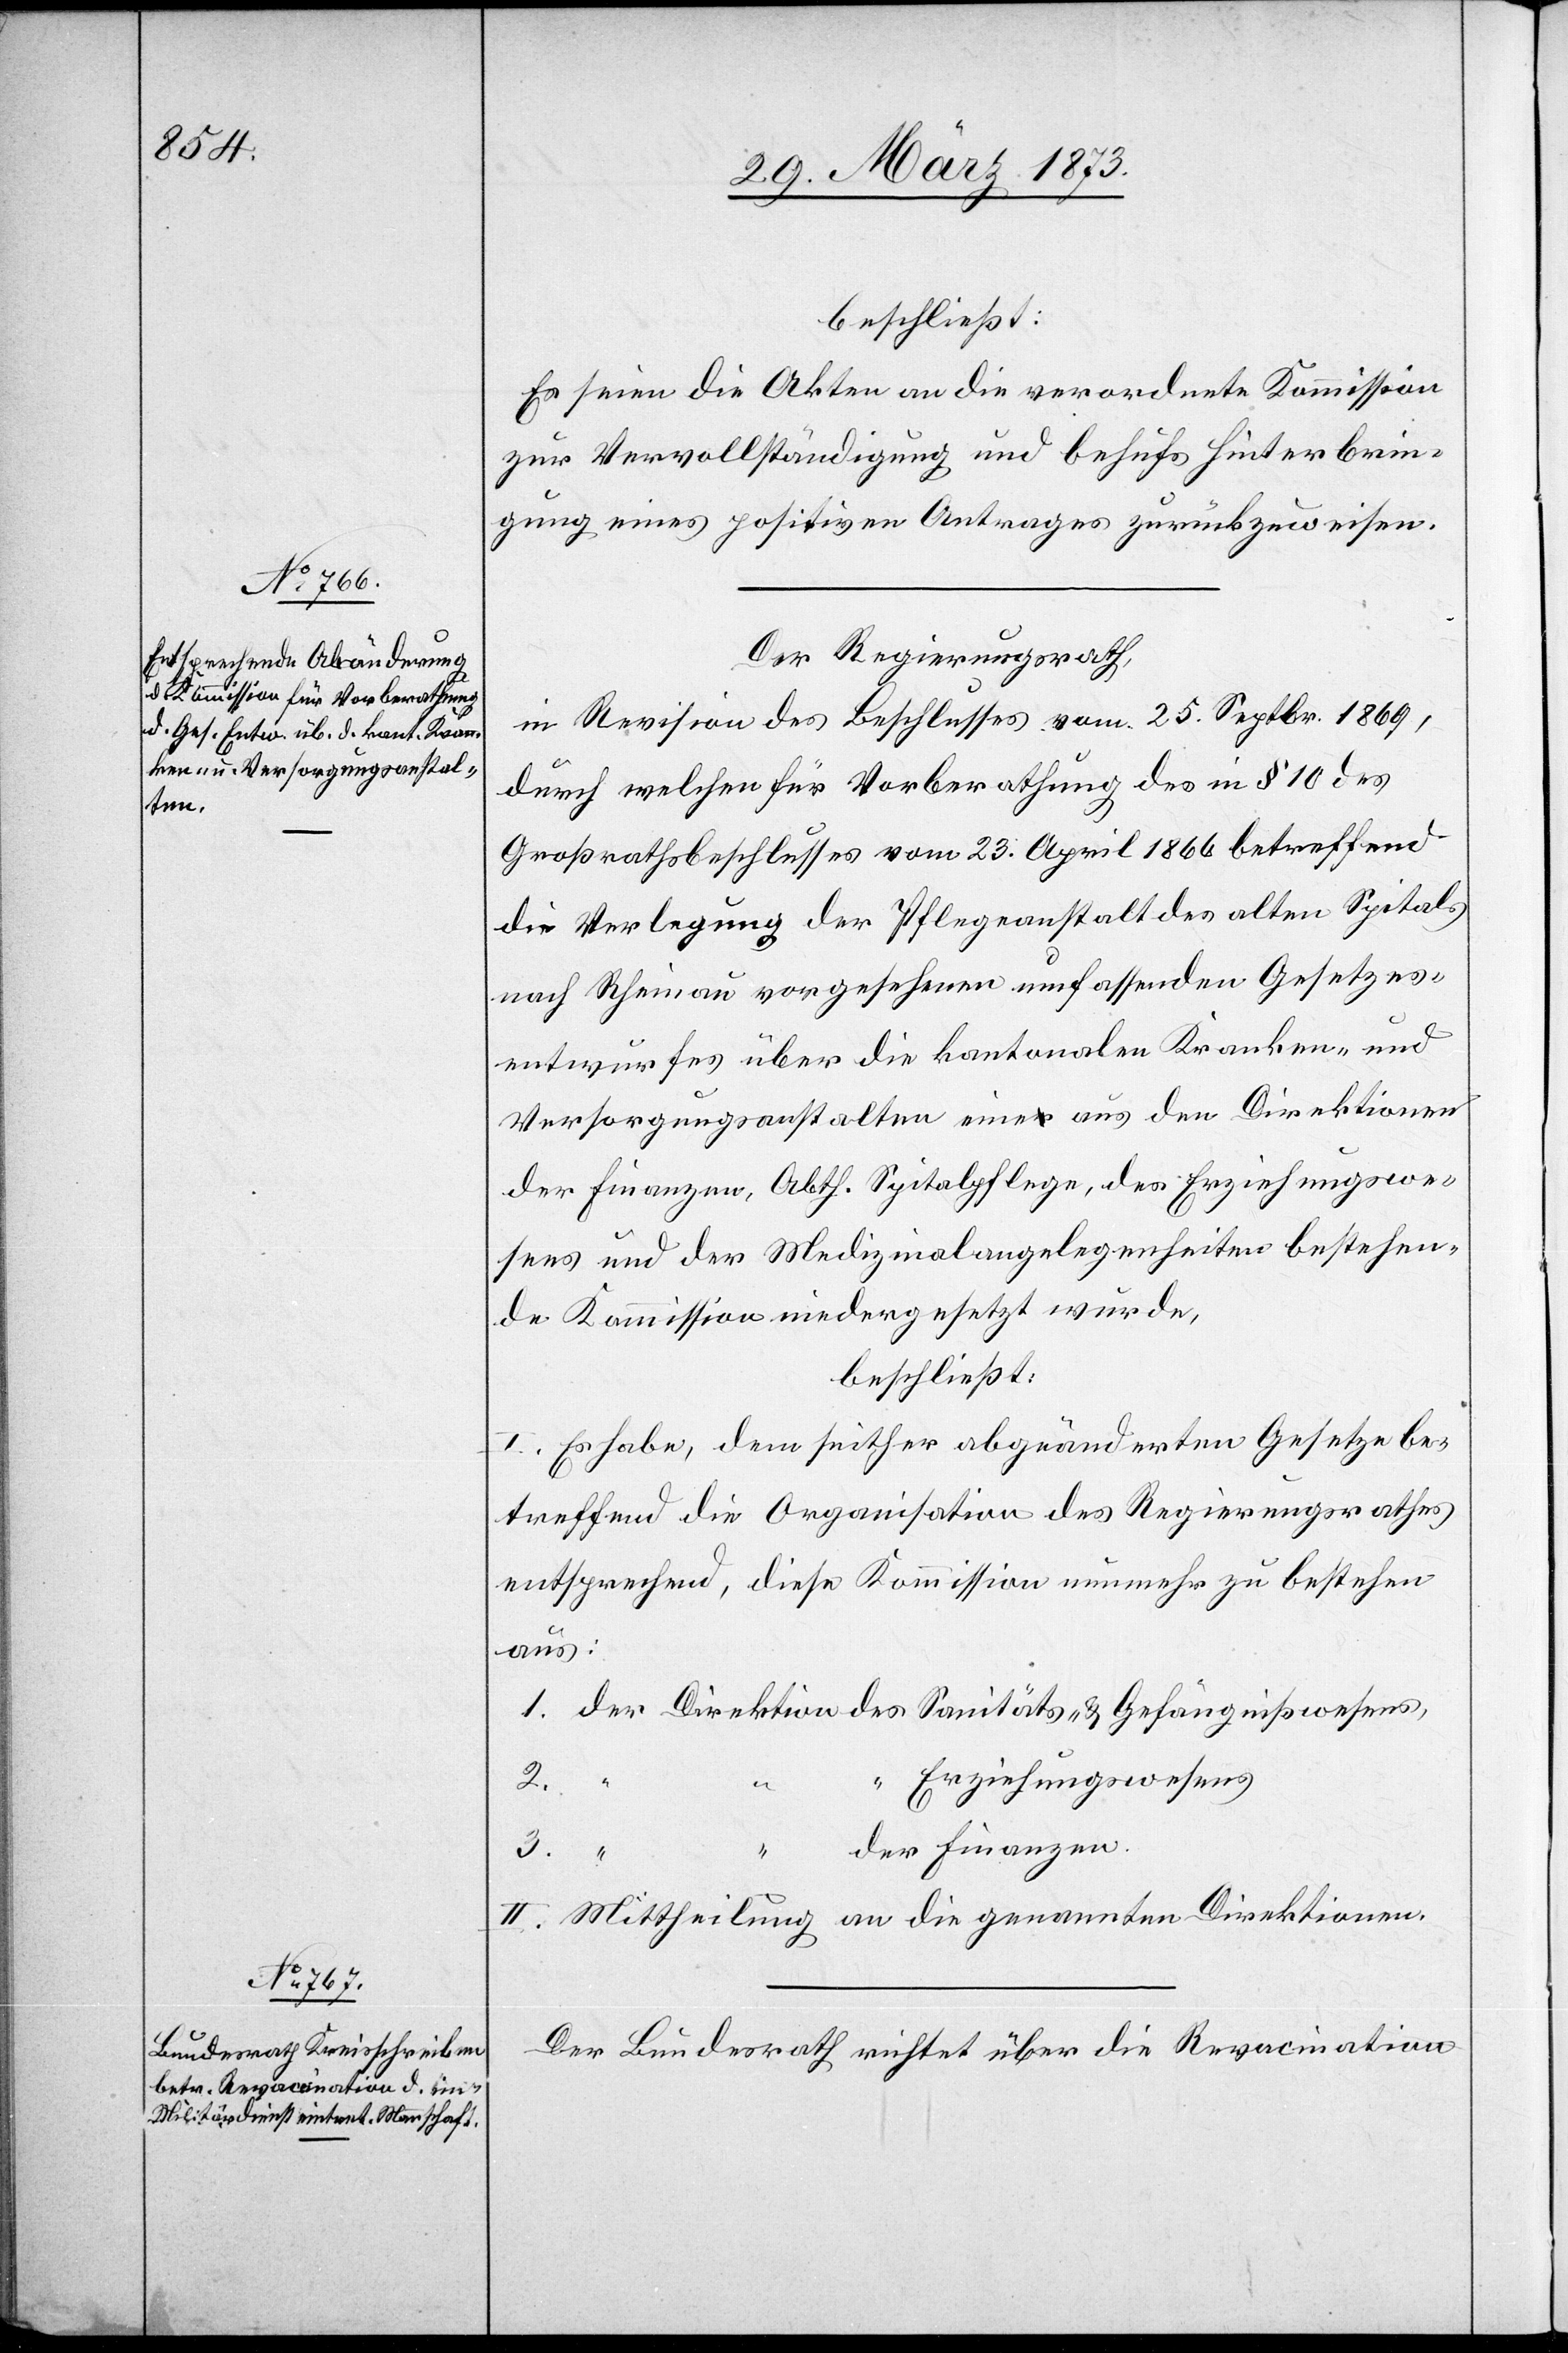
beschließt:
Es seien die Akten an die verordnete Kommission
zur Vervollständigung und behufs Hinterbrin¬
gung eines positiven Antrages zurückzuweisen.
Der Regierungsrath,
in Revision des Beschlusses vom 25. Septbr. 1869,
durch welchen für Vorberathung des in § 10 des
Großrathsbeschlusses vom 23. April 1866 betreffend
die Verlegung der Pflegeanstalt des alten Spitals
nach Rheinau vorgesehenen umfassenden Gesetzes¬
entwurfes über die kantonalen Kranken- und
Versorgungsanstalten eine aus den Direktionen
der Finanzen, Abth. Spitalpflege, des Erziehungswe¬
sens und der Medizinalangelegenheiten bestehen¬
de Kommission niedergesetzt wurde,
beschließt:
I. Es habe, dem seither abgeänderten Gesetze be¬
treffend die Organisation des Regierungsrathes
entsprechend, diese Kommission nunmehr zu bestehen
aus:
1. der Direktion des Sanitäts- u. Gefängnißwesens,
“ Erziehungswesens
3.
“
“ der Finanzen.
II. Mittheilung an die genannten Direktionen.
Der Bundesrath richtet über die Revacination